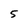
Character: 5